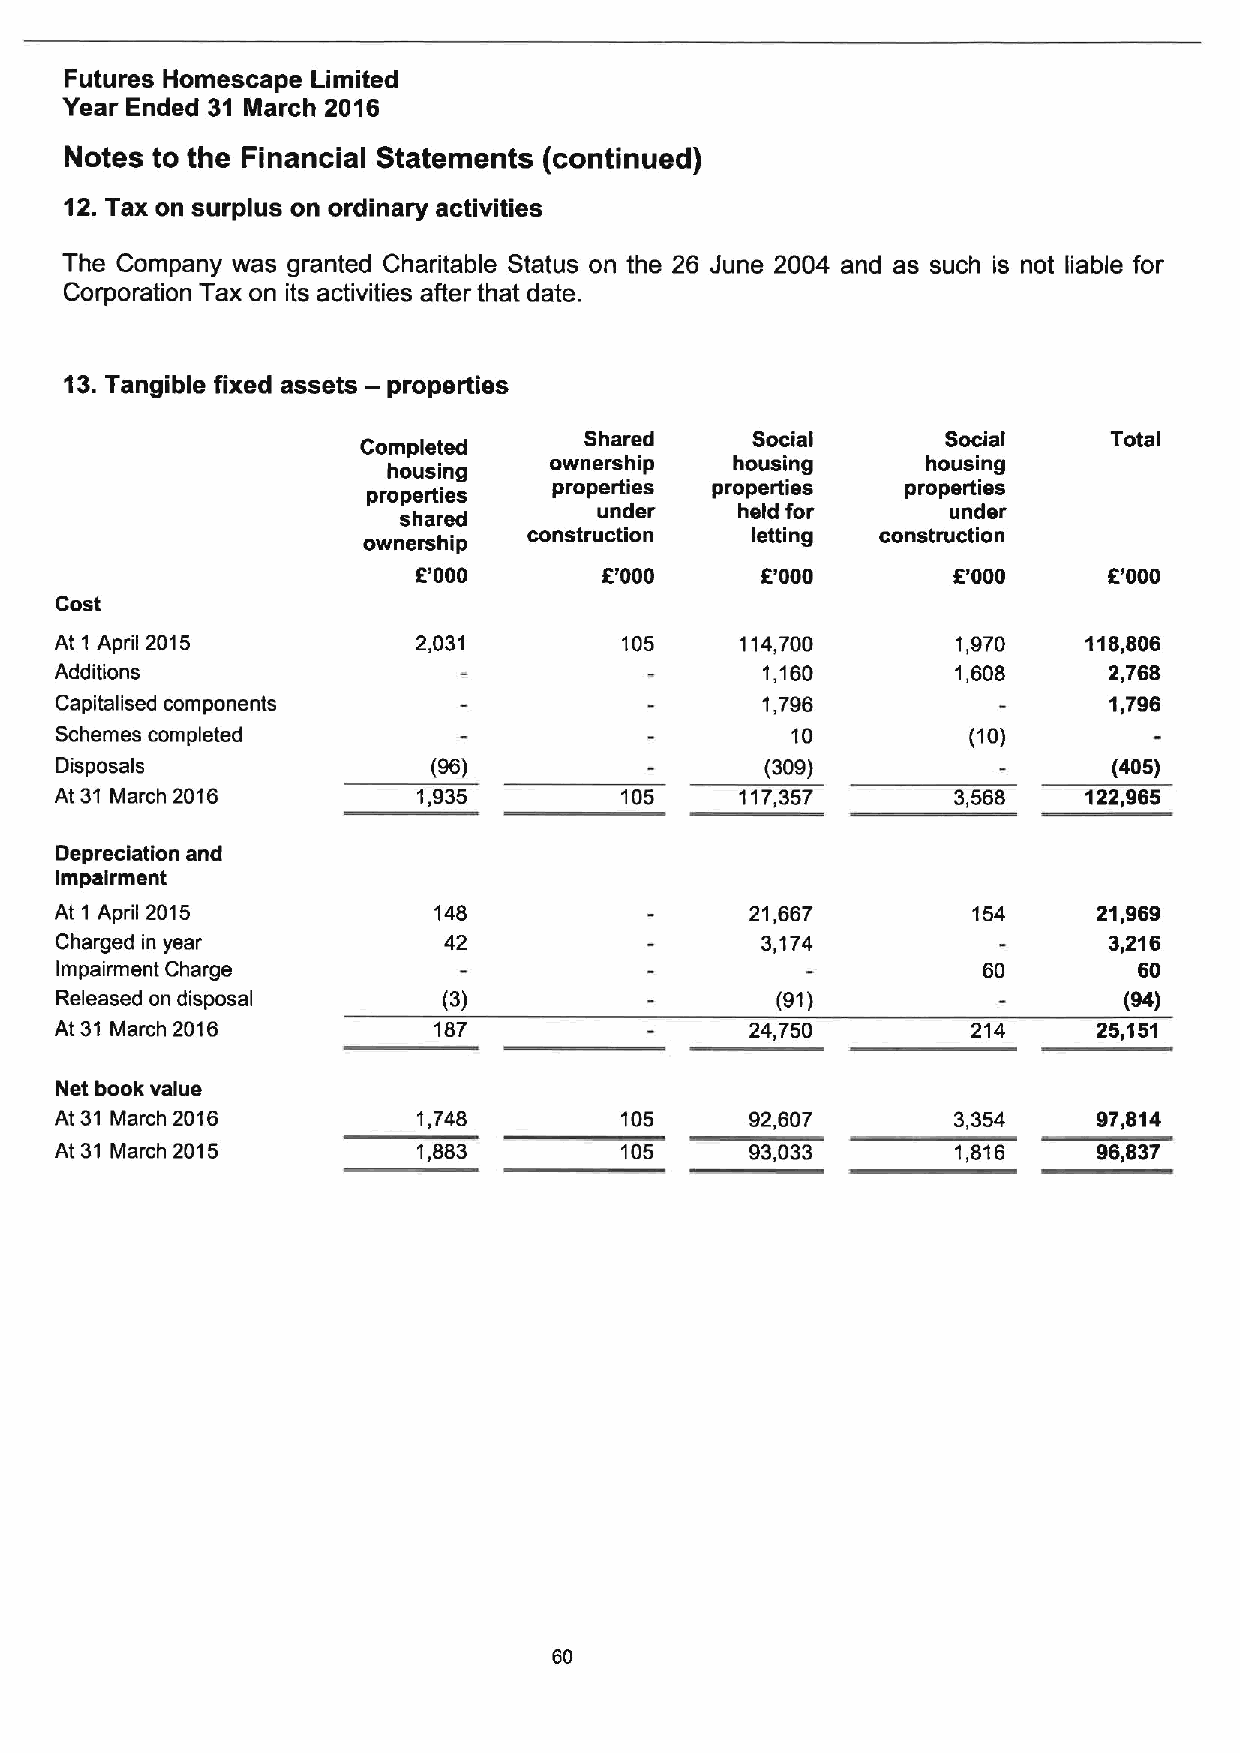
Futures Homescape Limited
 Year Ended 31 March 2016
 Notes to the Financial Statements (continued)
 12.Tax on surplus on ordinary activities
 The Company was granted Charitable Status on the 26 June 2004 and as such is not liable for
 Corporation Tax on its activities after that date.
 13.Tangible fixed assets — properties
 Shared     Social       Social     Total
 Completed
 ownership    housing     housing
 housing
 properties properties  properties
 properties
 shared        under    held for      under
 construction   letting construction
 ownership
 6'000       6'000     6'000        6'000     6'000
 Cost
 At 1 April 2015         2,031        105     114,700       1,970    118,806
 Additions                                     1,160        1,608     2,768
 Capitalised components                        1,796                  1,796
 Schemes completed                               10          (10)
 Disposals                (96)                  (309)                  (405)
 At 31 March 2016        1,935        105     117,357       3,568    122,965
 Depreciation and
 impairment
 At 1 April 2015          148                  21,667        154      21,969
 Charged in year          42                   3,174                  3,216
 Impairment Charge                                            60        60
 Released on disposal     (3)                   (91)                   (94)
 At 31 March 2016         187                  24,750        214      25,151
 Net book value
 At 31 March 2016        1,748        105      92,607       3,354     97,814
 At 31 March 2015        1,883        105      93,033       1,816     96,837
 60